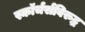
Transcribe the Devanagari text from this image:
स्कॉर्चर्सविरुद्ध